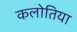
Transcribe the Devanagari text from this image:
कलोतिया